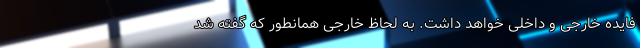
فایده خارجی و داخلی خواهد داشت. به لحاظ خارجی همانطور که گفته شد